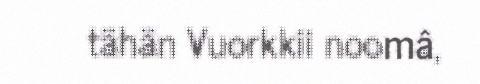
tähän Vuorkkii noomâ,